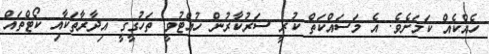
ހެއްކެއް ކަމަށެވެ. އެ މަސައްކަތް ކުރީ ސަރުކާރުން ހުއްޓުވީ ތަހުގީގީ އިދާރާތަކާއި ކޯޓްތައް